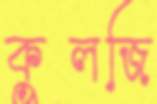
কুলজি